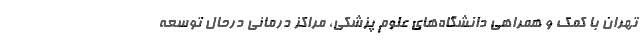
تهران با کمک و همراهی دانشگاه‌های علوم پزشکی، مراکز درمانی درحال توسعه